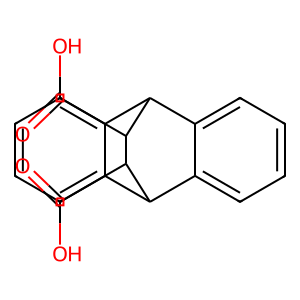
SMILES: O=C(O)C1C2c3ccccc3C(c3ccccc32)C1C(=O)O
Inhibits HIV replication: No